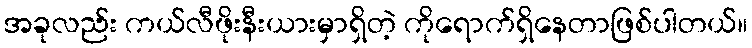
အခုလည်း ကယ်လီဖိုးနီးယားမှာရှိတဲ့ ကိုရောက်ရှိနေတာဖြစ်ပါတယ်။